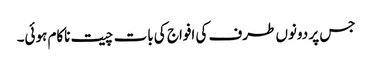
جس پر دونوں طرف کی افواج کی بات چیت ناکام ہوئی۔